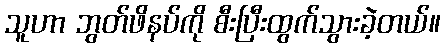
သူဟာ ဘွတ်ဖိနပ်ကို စီးပြီးထွက်သွားခဲ့တယ်။